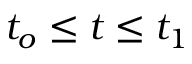
t _ { o } \leq t \leq t _ { 1 }